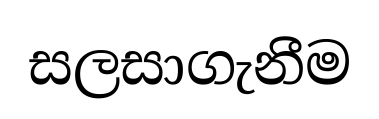
සලසාගැනීම